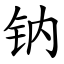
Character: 钠